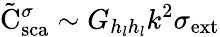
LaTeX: \tilde{\mathrm{{C}}}_{\mathrm{{sca}}}^{\sigma}\sim G_{h_{l}h_{l}}k^{2}{\sigma}_{\mathrm{{ext}}}